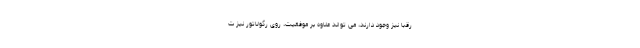
رقبا نیز وجود دارند، می تواند علاوه بر موفقیت، روی رگولاتور نیز ت